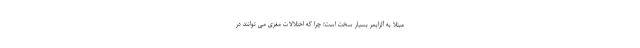
مبتلا به آلزایمر بسیار سخت است؛ چرا که اختلالات مغزی می توانند در